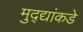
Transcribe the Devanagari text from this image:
मुद्‍द्यांकडे